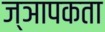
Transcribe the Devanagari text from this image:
ज्ञापकता